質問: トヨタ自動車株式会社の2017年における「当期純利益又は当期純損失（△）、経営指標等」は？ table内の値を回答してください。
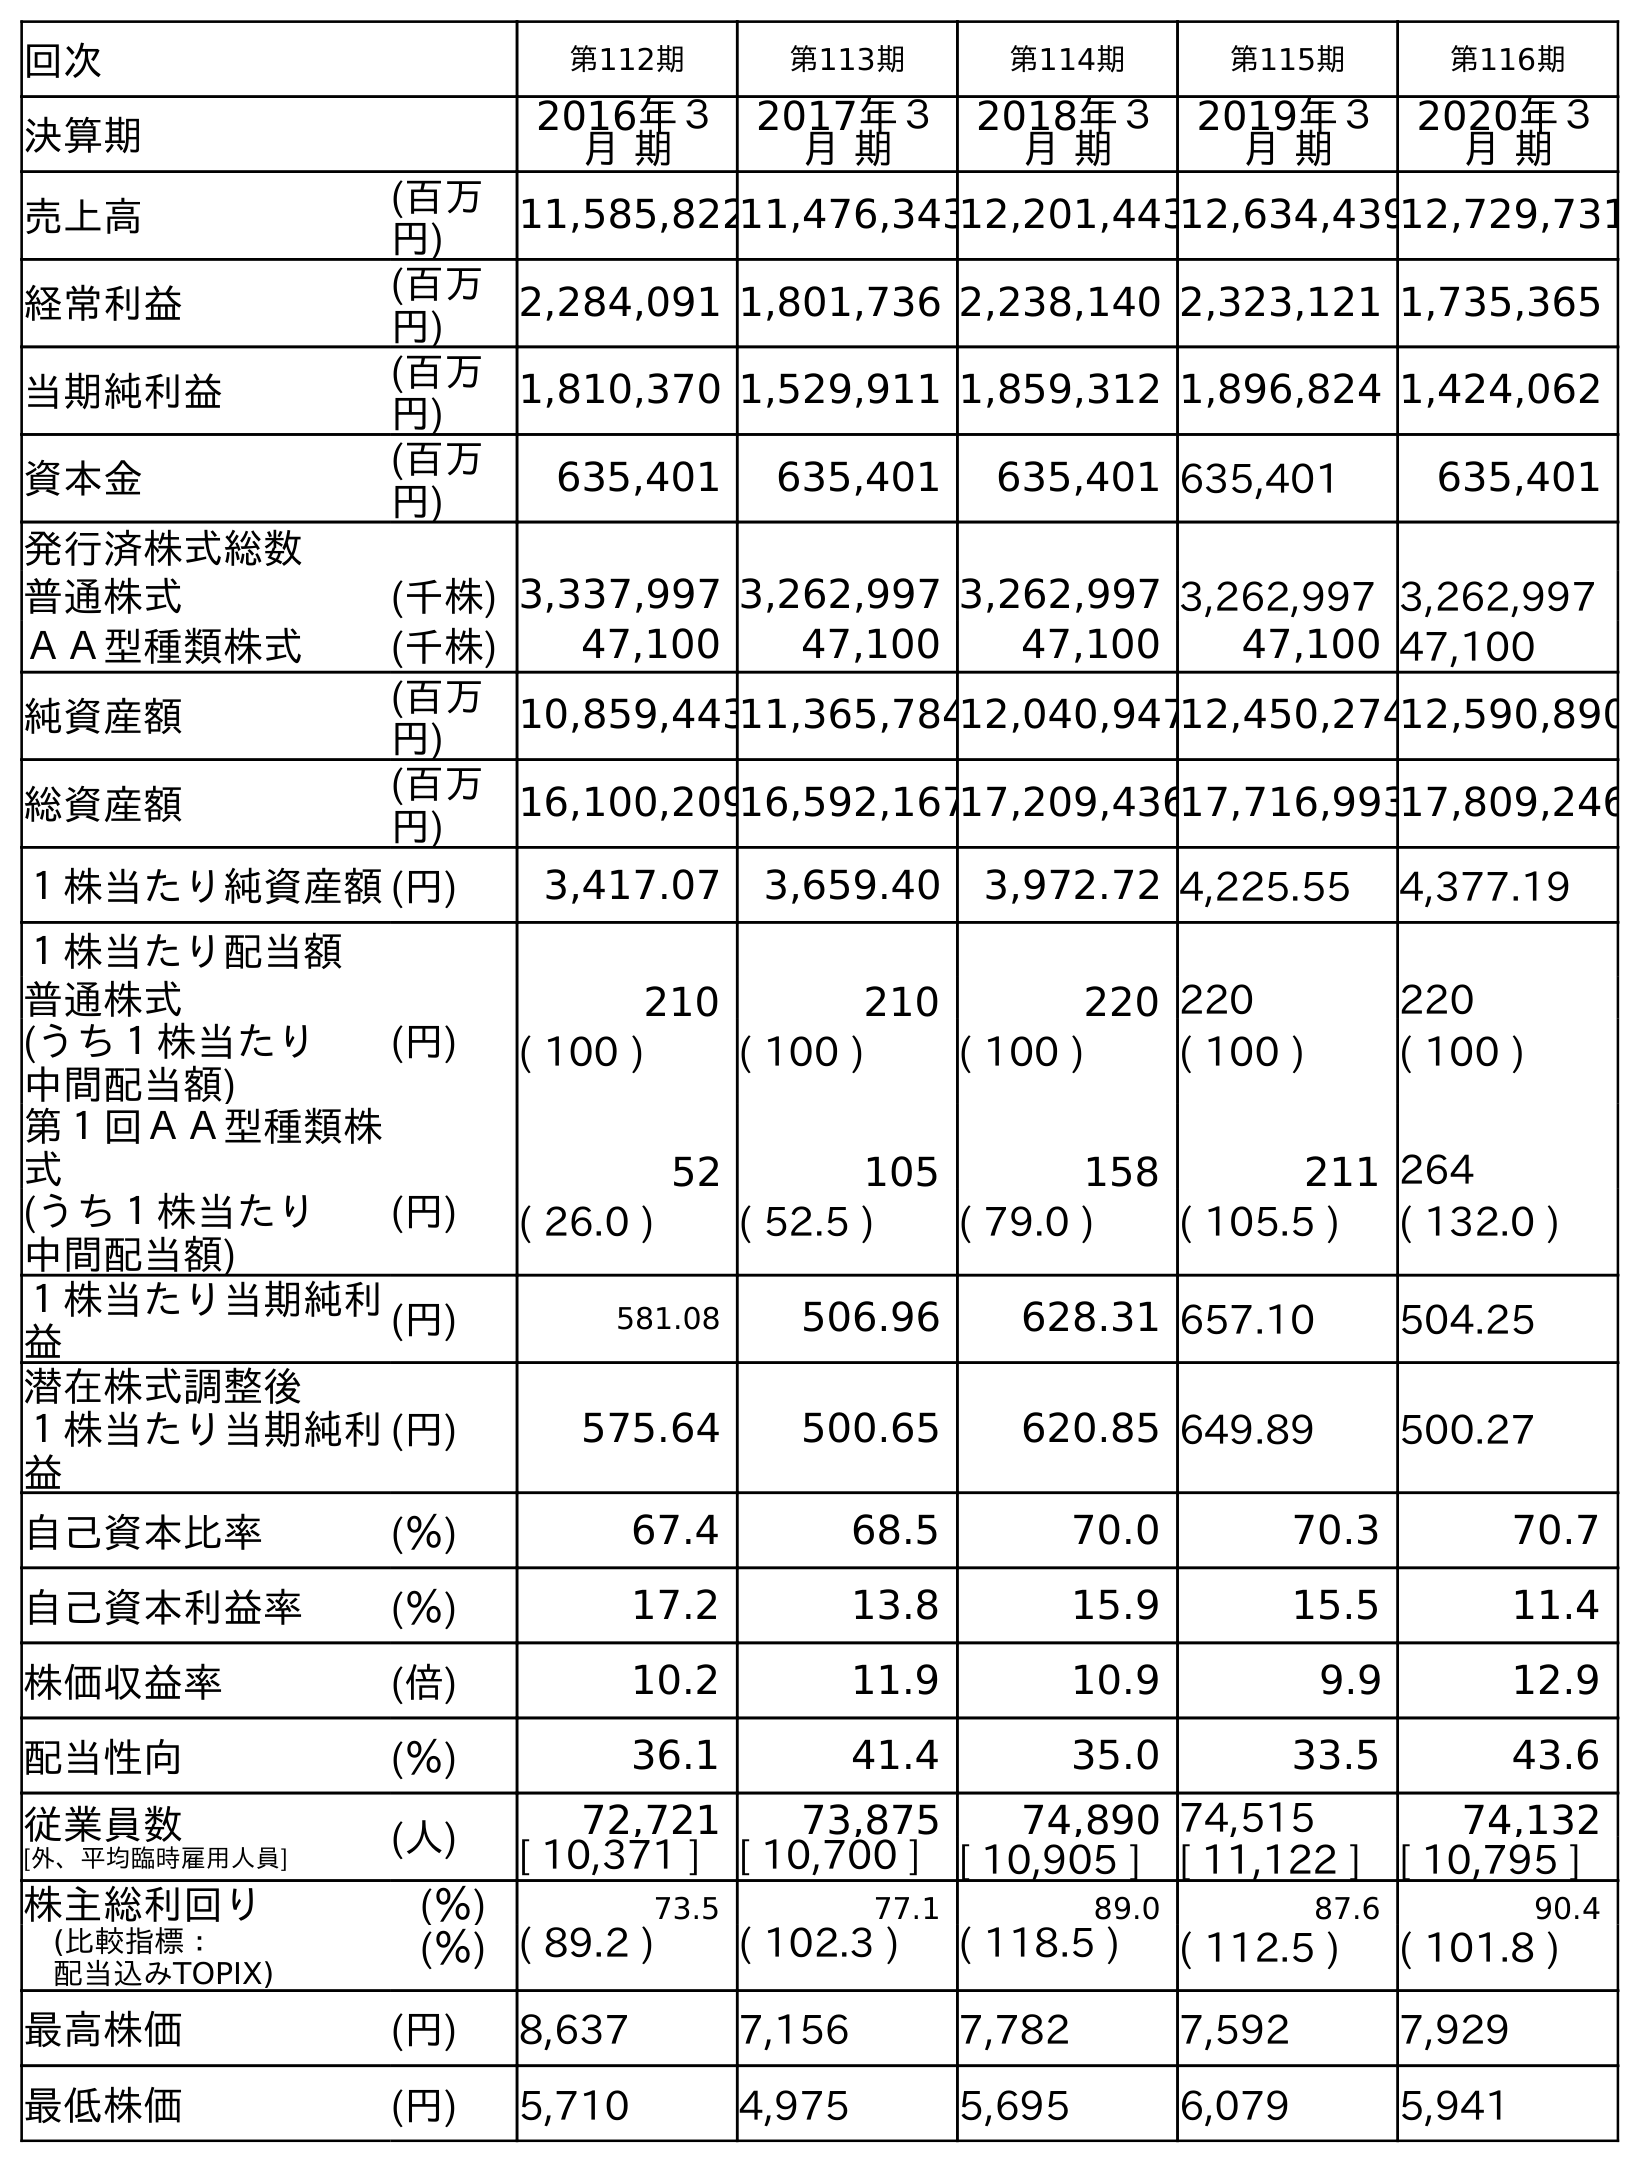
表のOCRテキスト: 回次 第112期 第113期 第114期 第115期 第116期 決算期 2016年３ 月 期 2017年３ 月 期 2018年３ 月 期 2019年３ 月 期 2020年３ 月 期 売上高 (百万 円) 11,585,82211,476,34312,201,44312,634,43912,729,731 経常利益 (百万 円) 2,284,091 1,801,736 2,238,140 2,323,121 1,735,365 当期純利益 (百万 円) 1,810,370 1,529,911 1,859,312 1,896,824 1,424,062 資本金 (百万 円) 635,401 635,401 635,401 635,401 635,401 発行済株式総数 普通株式 (千株) 3,337,997 3,262,997 3,262,997 3,262,997 3,262,997 ＡＡ型種類株式 (千株) 47,100 47,100 47,100 47,100 47,100 純資産額 (百万 円) 10,859,44311,365,78412,040,94712,450,27412,590,890 総資産額 (百万 円) 16,100,20916,592,16717,209,43617,716,99317,809,246 １株当たり純資産額(円) 3,417.07 3,659.40 3,972.72 4,225.55 4,377.19 １株当たり配当額 普通株式 (円) 210 210 220 220 220 (うち１株当たり 中間配当額) ( 100 ) ( 100 ) ( 100 ) ( 100 ) ( 100 ) 第１回ＡＡ型種類株 式 52 105 158 211 264 (うち１株当たり 中間配当額) (円) ( 26.0 ) ( 52.5 ) ( 79.0 ) ( 105.5 ) ( 132.0 ) １株当たり当期純利 益 (円) 581.08 506.96 628.31 657.10 504.25 潜在株式調整後 １株当たり当期純利 益 (円) 575.64 500.65 620.85 649.89 500.27 自己資本比率 (％) 67.4 68.5 70.0 70.3 70.7 自己資本利益率 (％) 17.2 13.8 15.9 15.5 11.4 株価収益率 (倍) 10.2 11.9 10.9 9.9 12.9 配当性向 (％) 36.1 41.4 35.0 33.5 43.6 従業員数 [外、平均臨時雇用人員] (人) 72,721 73,875 74,890 74,515 74,132 [ 10,371 ] [ 10,700 ] [ 10,905 ] [ 11,122 ] [ 10,795 ] 株主総利回り (％) 73.5 77.1 89.0 87.6 90.4 (比較指標： 配当込みTOPIX) (％) ( 89.2 ) ( 102.3 ) ( 118.5 ) ( 112.5 ) ( 101.8 ) 最高株価 (円) 8,637 7,156 7,782 7,592 7,929 最低株価 (円) 5,710 4,975 5,695 6,079 5,941
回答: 1,529,911